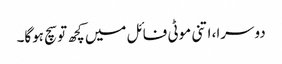
دوسرا، اتنی موٹی فائل میں کچھ تو سچ ہوگا۔